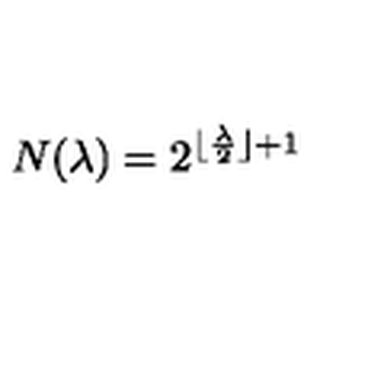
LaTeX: N ( \lambda ) = 2 ^ { \lfloor \frac { \lambda } { 2 } \rfloor + 1 }